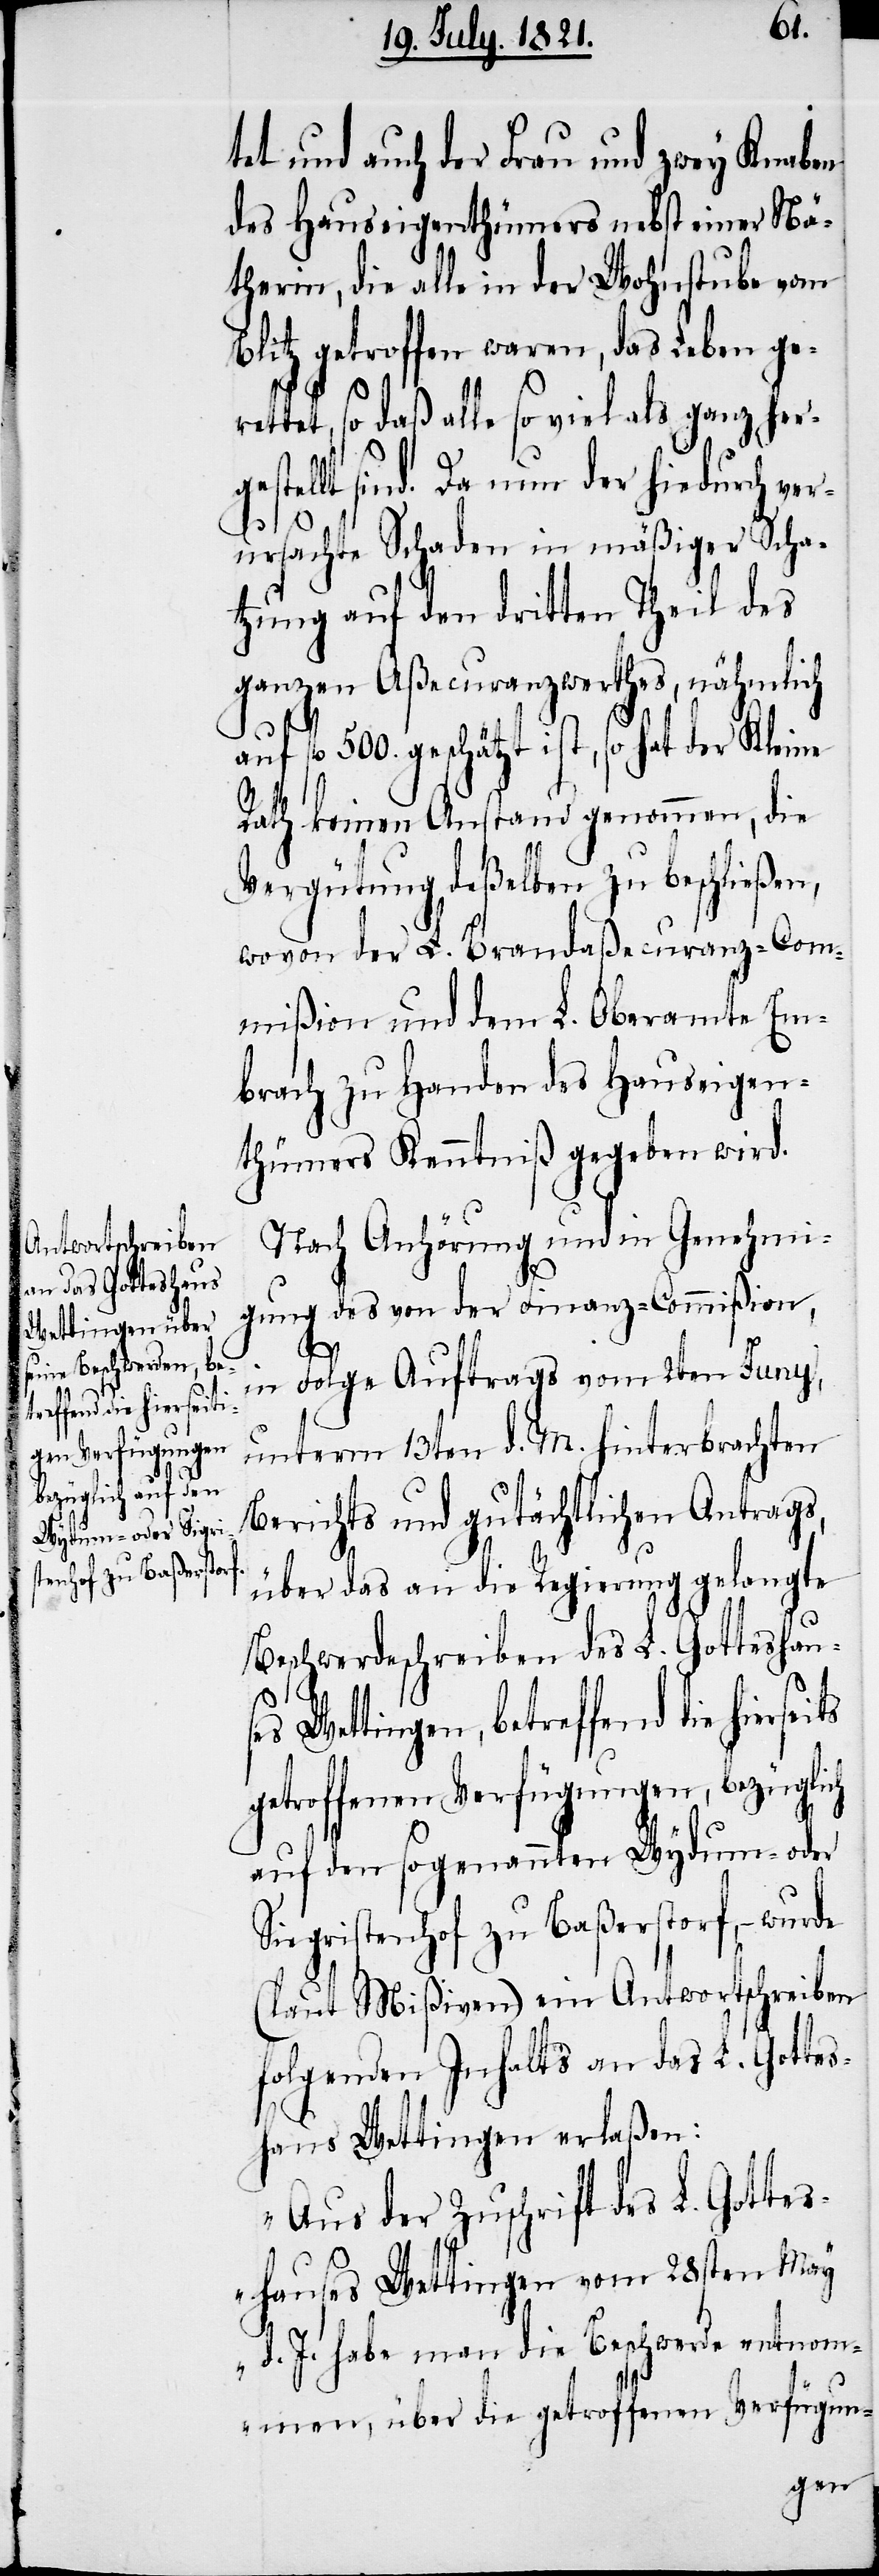
ret¬
treffend die hierseits

tet und auch der Frau und zwey Knaben
des Hauseigenthümers nebst einer Nä¬
therin, die alle in der Wohnstube vom
Blitz getroffen waren, das Leben ge¬
tet, so daß alle so viel als ganz herg¬
estellt sind. Da nun der hiedurch ver¬
ursachte Schaden in mäßiger Scha¬
tzung auf den dritten Theil des
ganzen Aßecuranzwerthes, nähmlich
auf fl. 500. geschätzt ist, so hat der Kleine
Rath keinen Anstand genommen, die
Vergütung deßelben zu beschließen,
wovon der L. Brandaßecuranz-Com¬
mißion und dem L. Oberamte Em¬
brach zu Handen des Hauseigen¬
thümers Kenntniß gegeben wird.
Nach Anhörung und in Genehmi¬
gung des von der Finanz-Commißion,
in Folge Auftrags vom 2ten Juny,
unterm 13ten d. M. hinterbrachten
Berichts und gutächtlichen Antrags,
über das an die Regierung gelangte
Beschwerdeschreiben des L. Gotteshaus¬
es Wettingen, be¬
getroffenen Verfügungen, bezüglich
auf den sogenannten Wydum- oder
Sigristenhof zu Baßerstorf, – wurde
(laut Mißiven) ein Antwortschreiben
folgenden Inhalts an das L. Gottes¬
haus Wettingen erlaßen:
„Aus der Zuschrift des L. Gottes¬
hauses Wettingen vom 28sten May
d. J. habe man die Beschwerde entnom¬
men, über die getroffenen Verfügun-